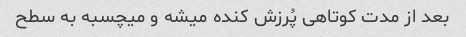
بعد از مدت کوتاهی پُرزش کنده میشه و میچسبه به سطح